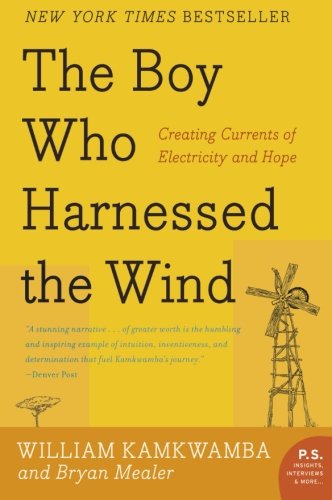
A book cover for The Boy Who Harnessed the Wind: Creating Currents of Electricity and Hope (P.S.); William Kamkwamba; Engineering & Transportation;